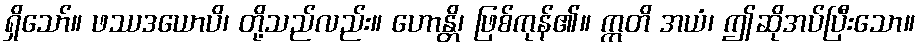
ရှိသော်။ ဖဿဒယောပိ၊ တို့သည်လည်း။ ဟောန္တိ၊ ဖြစ်ကုန်၏။ ဣတိ အယံ၊ ဤဆိုအပ်ပြီးသော။